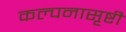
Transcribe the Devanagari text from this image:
कल्पनासृष्टी